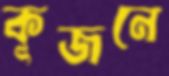
কূজনে